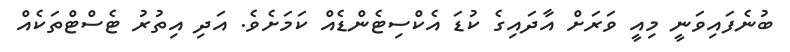
ބުނެފައިވަނީ މިއީ ވަރަށް އާދައިގެ ކުޑަ އެކްސިޓެންޑެއް ކަމަށެވެ. އަދި އިތުރު ޓެސްޓްތަކެއް